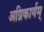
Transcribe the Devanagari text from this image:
अग्निकार्यम्